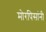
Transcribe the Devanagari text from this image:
मोरपिसांनी